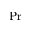
\operatorname* { P r }